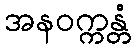
အနဝက္ကန္တံ